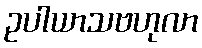
ဥပါယာသဗဟုလာ